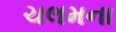
ચલમના